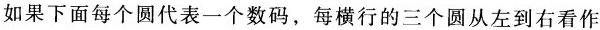
如果下面每个圆代表一个数码，每横行的三个圆从左到右看作